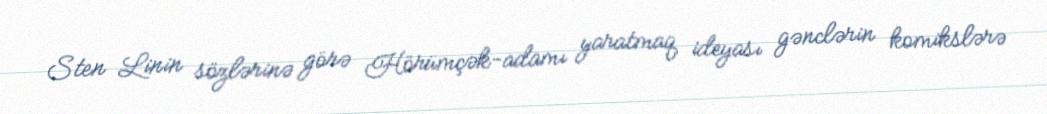
Sten Linin sözlərinə görə Hörümçək-adamı yaratmaq ideyası gənclərin komikslərə